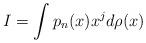
LaTeX: \begin{align*}I=\int p_n (x)x^jd\rho (x)\end{align*}